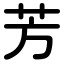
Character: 芳